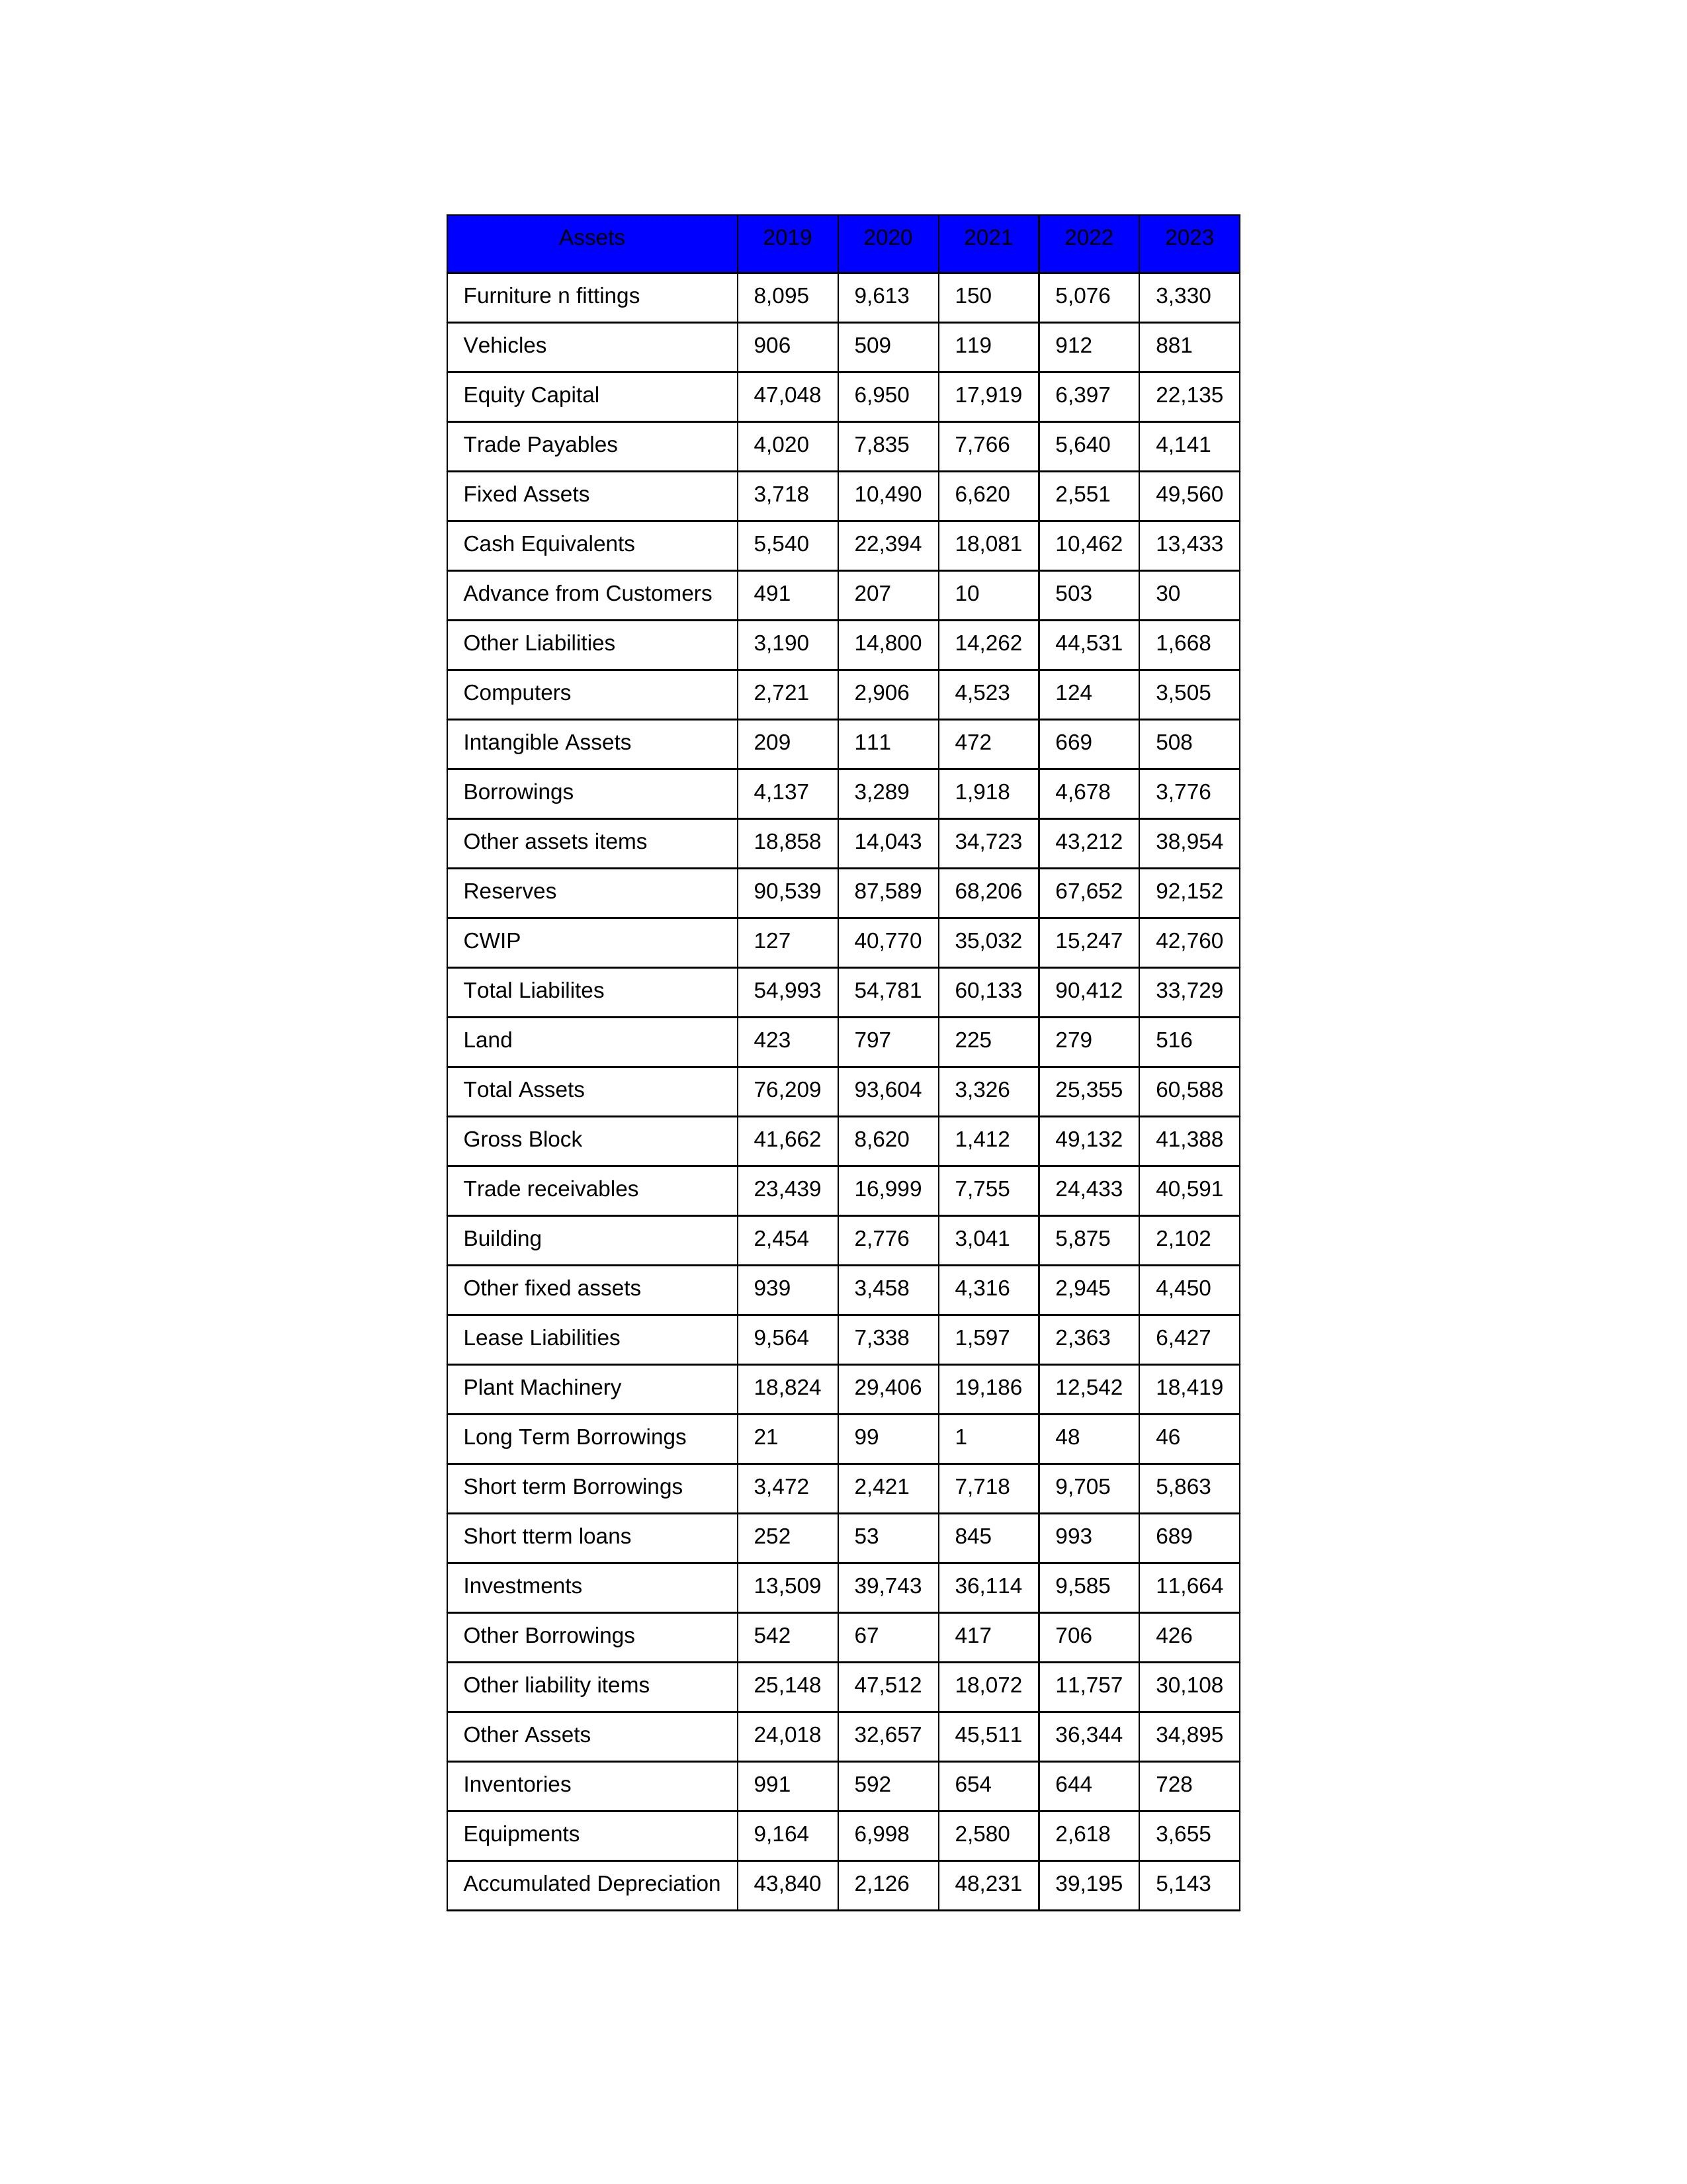
gt_parse: 2019: Equity Capital: 47,048
Reserves: 90,539
Borrowings: 4,137
Long Term Borrowings: 21
Short term Borrowings: 3,472
Lease Liabilities: 9,564
Other Borrowings: 542
Other Liabilities: 3,190
Trade Payables: 4,020
Advance from Customers: 491
Other liability items: 25,148
Total Liabilites: 54,993
Fixed Assets: 3,718
Land: 423
Building: 2,454
Plant Machinery: 18,824
Equipments: 9,164
Computers: 2,721
Furniture n fittings: 8,095
Vehicles: 906
Intangible Assets: 209
Other fixed assets: 939
Gross Block: 41,662
Accumulated Depreciation: 43,840
CWIP: 127
Investments: 13,509
Other Assets: 24,018
Inventories: 991
Trade receivables: 23,439
Cash Equivalents: 5,540
Short tterm loans: 252
Other assets items: 18,858
Total Assets: 76,209
2020: Equity Capital: 6,950
Reserves: 87,589
Borrowings: 3,289
Long Term Borrowings: 99
Short term Borrowings: 2,421
Lease Liabilities: 7,338
Other Borrowings: 67
Other Liabilities: 14,800
Trade Payables: 7,835
Advance from Customers: 207
Other liability items: 47,512
Total Liabilites: 54,781
Fixed Assets: 10,490
Land: 797
Building: 2,776
Plant Machinery: 29,406
Equipments: 6,998
Computers: 2,906
Furniture n fittings: 9,613
Vehicles: 509
Intangible Assets: 111
Other fixed assets: 3,458
Gross Block: 8,620
Accumulated Depreciation: 2,126
CWIP: 40,770
Investments: 39,743
Other Assets: 32,657
Inventories: 592
Trade receivables: 16,999
Cash Equivalents: 22,394
Short tterm loans: 53
Other assets items: 14,043
Total Assets: 93,604
2021: Equity Capital: 17,919
Reserves: 68,206
Borrowings: 1,918
Long Term Borrowings: 1
Short term Borrowings: 7,718
Lease Liabilities: 1,597
Other Borrowings: 417
Other Liabilities: 14,262
Trade Payables: 7,766
Advance from Customers: 10
Other liability items: 18,072
Total Liabilites: 60,133
Fixed Assets: 6,620
Land: 225
Building: 3,041
Plant Machinery: 19,186
Equipments: 2,580
Computers: 4,523
Furniture n fittings: 150
Vehicles: 119
Intangible Assets: 472
Other fixed assets: 4,316
Gross Block: 1,412
Accumulated Depreciation: 48,231
CWIP: 35,032
Investments: 36,114
Other Assets: 45,511
Inventories: 654
Trade receivables: 7,755
Cash Equivalents: 18,081
Short tterm loans: 845
Other assets items: 34,723
Total Assets: 3,326
2022: Equity Capital: 6,397
Reserves: 67,652
Borrowings: 4,678
Long Term Borrowings: 48
Short term Borrowings: 9,705
Lease Liabilities: 2,363
Other Borrowings: 706
Other Liabilities: 44,531
Trade Payables: 5,640
Advance from Customers: 503
Other liability items: 11,757
Total Liabilites: 90,412
Fixed Assets: 2,551
Land: 279
Building: 5,875
Plant Machinery: 12,542
Equipments: 2,618
Computers: 124
Furniture n fittings: 5,076
Vehicles: 912
Intangible Assets: 669
Other fixed assets: 2,945
Gross Block: 49,132
Accumulated Depreciation: 39,195
CWIP: 15,247
Investments: 9,585
Other Assets: 36,344
Inventories: 644
Trade receivables: 24,433
Cash Equivalents: 10,462
Short tterm loans: 993
Other assets items: 43,212
Total Assets: 25,355
2023: Equity Capital: 22,135
Reserves: 92,152
Borrowings: 3,776
Long Term Borrowings: 46
Short term Borrowings: 5,863
Lease Liabilities: 6,427
Other Borrowings: 426
Other Liabilities: 1,668
Trade Payables: 4,141
Advance from Customers: 30
Other liability items: 30,108
Total Liabilites: 33,729
Fixed Assets: 49,560
Land: 516
Building: 2,102
Plant Machinery: 18,419
Equipments: 3,655
Computers: 3,505
Furniture n fittings: 3,330
Vehicles: 881
Intangible Assets: 508
Other fixed assets: 4,450
Gross Block: 41,388
Accumulated Depreciation: 5,143
CWIP: 42,760
Investments: 11,664
Other Assets: 34,895
Inventories: 728
Trade receivables: 40,591
Cash Equivalents: 13,433
Short tterm loans: 689
Other assets items: 38,954
Total Assets: 60,588